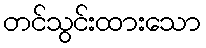
တင်သွင်းထားသော